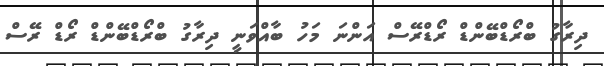
ދިރާގު ބްރޯޑްބޭންޑް ރޯޑްރޭސް އަންނަ މަހު ބާއްވަނީ ދިރާގު ބްރޯޑްބޭންޑް ރޯޑް ރޭސް